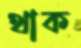
থাক